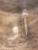
أو